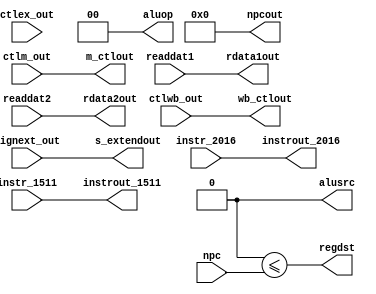
`timescale 1ns / 1ps
//////////////////////////////////////////////////////////////////////////////////
// Course: CSE 401 
// Name: Bryant Aparicio & Riley Sherwood
// Module Name: id_ex
// Project Name: Labratory 2

// Description: 

//////////////////////////////////////////////////////////////////////////////////


module id_ex(
        output reg [1:0] wb_ctlout,
        output reg [2:0] m_ctlout,
        output reg [1:0] aluop,
        output reg [31:0] npcout, rdata1out, rdata2out, s_extendout,
        output reg [4:0] instrout_2016, instrout_1511,
        output reg regdst, alusrc,
        
        input wire [1:0] ctlwb_out,
        input wire [2:0] ctlm_out,
        input wire [3:0] ctlex_out,
        input wire [31:0] npc, readdat1, readdat2, signext_out,
        input wire [4:0] instr_2016, instr_1511
    );
    
    initial begin
        wb_ctlout       <= 0; 
        m_ctlout        <= 0;
        regdst          <= 0; 
        aluop           <= 0;
        alusrc          <= 0;
        npcout          <= 0;
        rdata1out       <= 0;
        rdata2out       <= 0;
        s_extendout     <= 0;
        instrout_2016   <= 0;
        instrout_1511   <= 0;
    end

    always@* begin
        #1
        wb_ctlout       <= ctlwb_out;
        m_ctlout        <= ctlm_out;
        regdst          <= 
        aluop           <= 
        alusrc          <= 
        npcout          <= npc;
        rdata1out       <= readdat1;
        rdata2out       <= readdat2;
        s_extendout     <= signext_out;
        instrout_2016   <= instr_2016;
        instrout_1511   <= instr_1511;
    end
endmodule